Lunatic asylums Central Provinces reports 1874-1885 - 1874-1885
Year: 1874
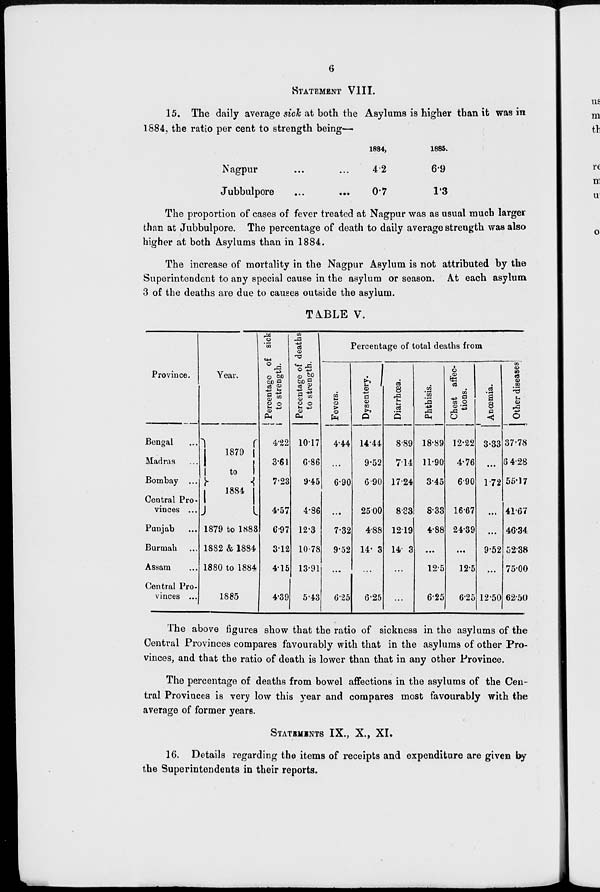
6
STATEMENT VIII.
15. The daily average sick at both the Asylums is higher than it was in
1884, the ratio per cent to strength being—
Nagpur ... ...
Jubbulpore ... ...
1884,
4.2
0.7
1885.
6.9
1.3
The proportion of cases of fever treated at Nagpur was as usual much larger
than at Jubbulpore. The percentage of death to daily average strength was also
higher at both Asylums than in 1884.
The increase of mortality in the Nagpur Asylum is not attributed by the
Superintendent to any special cause in the asylum or season. At each asylum
3 of the deaths are due to causes outside the asylum.
TABLE V.
Province.
Bengal ...
Madras ...
Bombay ...
Central Pro-
vinces ...
Punjab ...
Burmah ...
Assam ...
Central Pro-
vinces ...
Year.
1879
to
1884
1879 to 1883
1882 & 1884
1880 to 1884
1885
Percentage of sick
to strength.
4.22
3.61
7.23
4.57
6.97
3.12
4.15
4.39
Percentage of deaths
to strength.
10.17
6.86
9.45
4.86
12.3
10.78
13.91
5.43
Percentage of total deaths from
Fevers.
4.44
...
6.90
...
7.32
9.52
...
6.25
Dysentery.
14.44
9.52
6.90
25.00
4.88
14.3
6.25
Diarrhœa.
8.89
7.14
17.24
8.33
12.19
14. 3
...
...
Phthisis.
18.89
11.90
3.45
8.33
4.88
...
12.5
6.25
Chest affec-
tions.
12.22
4.76
6.90
16.67
24.39
...
12.5
6.25
Anosmia.
3.33
...
1.72
...
...
9.52
...
12.50
Other diseases
37.78
64.28
55.17
41.67
46.34
52.38
75.00
62.50
The above figures show that the ratio of sickness in the asylums of the
Central Provinces compares favourably with that in the asylums of other Pro-
vinces, and that the ratio of death is lower than that in any other Province.
The percentage of deaths from bowel affections in the asylums of the Cen-
tral Provinces is very low this year and compares most favourably with the
average of former years.
STATEMENT IX., X., XI.
16. Details regarding the items of receipts and expenditure are given by
the Superintendents in their reports.